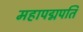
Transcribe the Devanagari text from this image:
महापद्मपति